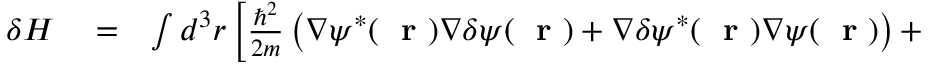
\begin{array} { r l r } { \delta H } & { { } = } & { \int d ^ { 3 } r \left[ \frac { \hbar ^ { 2 } } { 2 m } \left( \nabla \psi ^ { * } ( \mathrm { ~ \bf ~ r ~ } ) \nabla \delta \psi ( \mathrm { ~ \bf ~ r ~ } ) + \nabla \delta \psi ^ { * } ( \mathrm { ~ \bf ~ r ~ } ) \nabla \psi ( \mathrm { ~ \bf ~ r ~ } ) \right) + \right. } \end{array}